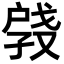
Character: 𫼑